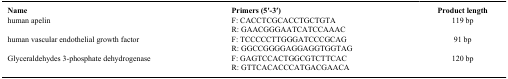
| Name | Primers (5′-3′) | Product length |
 | --- | --- | --- |
 | human apelin | F: CACCTCGCACCTGCTGTA | 119 bp |
 |  | R: GAACGGGAATCATCCAAAC |  |
 | human vascular endothelial growth factor | F: TCCCCCTTGGGATCCCGCAG | 91 bp |
 |  | R: GGCCGGGGAGGAGGTGGTAG |  |
 | Glyceraldehydes 3-phosphate dehydrogenase | F: GAGTCCACTGGCGTCTTCAC | 120 bp |
 |  | R: GTTCACACCCATGACGAACA |  |